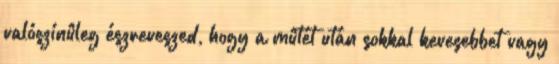
valószínûleg észreveszed, hogy a mûtét után sokkal kevesebbet vagy